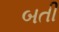
બતી